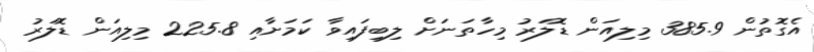
އެގޮތުން 385.9 މިލިއަން ޑޮލަރު މިހާތަނަށް ލިބިފައިވާ ކަމަށާއި 225.8 މިލިއަން ޑޮލަރު